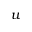
u